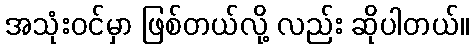
အသုံးဝင်မှာ ဖြစ်တယ်လို့ လည်း ဆိုပါတယ်။